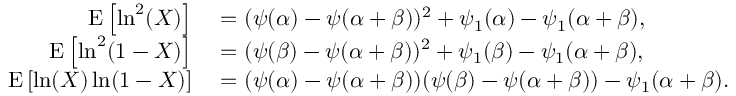
\begin{array} { r l } { \operatorname { E } \left[ \ln ^ { 2 } ( X ) \right] } & { { } = ( \psi ( \alpha ) - \psi ( \alpha + \beta ) ) ^ { 2 } + \psi _ { 1 } ( \alpha ) - \psi _ { 1 } ( \alpha + \beta ) , } \\ { \operatorname { E } \left[ \ln ^ { 2 } ( 1 - X ) \right] } & { { } = ( \psi ( \beta ) - \psi ( \alpha + \beta ) ) ^ { 2 } + \psi _ { 1 } ( \beta ) - \psi _ { 1 } ( \alpha + \beta ) , } \\ { \operatorname { E } \left[ \ln ( X ) \ln ( 1 - X ) \right] } & { { } = ( \psi ( \alpha ) - \psi ( \alpha + \beta ) ) ( \psi ( \beta ) - \psi ( \alpha + \beta ) ) - \psi _ { 1 } ( \alpha + \beta ) . } \end{array}